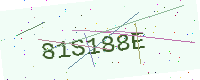
Text: 81S188E